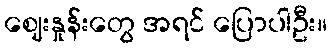
ဈေးနှုန်းတွေ အရင် ပြောပါဦး။